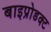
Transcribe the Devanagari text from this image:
बाइप्रोडक्ट